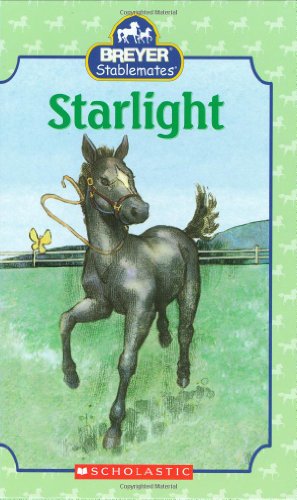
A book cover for Starlight (Breyer Stablemates); Kristin Earhart; Children's Books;